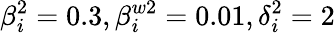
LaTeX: \beta_{i}^{2}=0.3,\beta_{i}^{w2}=0.01,\delta_{i}^{2}=2